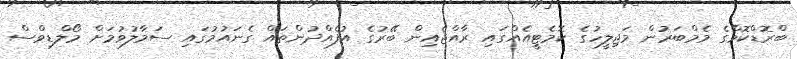
ބްރޮޑްކޮމްގެ މެމްބަރުން މަޖިލީހުގެ ކޮމެޓީއެއްގައި ރާއްޖެއިން ބޭރުގެ އުފެއްދުންތައް ގެނައުމުގައި ސަމާލުވުމަށް މޯލްޑިވްސް